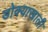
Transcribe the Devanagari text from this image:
डोक्याखाली